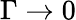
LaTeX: \Gamma\to 0